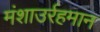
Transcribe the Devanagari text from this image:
मंशाउर्रहमान